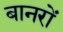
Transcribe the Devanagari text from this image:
बानरों